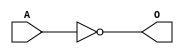
module MACINVH(A, O);
input   A;
output  O;
not g0(O, A);
endmodule